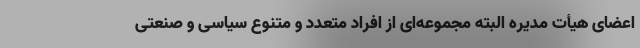
اعضای هیأت مدیره البته مجموعه‌ای از افراد متعدد و متنوع سیاسی و صنعتی